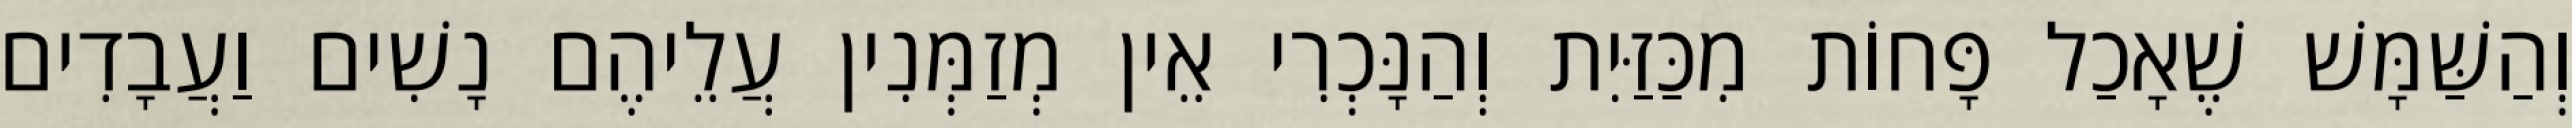
וְהַשַּׁמָּשׁ שֶׁאָכַל פָּחוֹת מִכַּזַּיִת וְהַנָּכְרִי אֵין מְזַמְּנִין עֲלֵיהֶם נָשִׁים וַעֲבָדִים